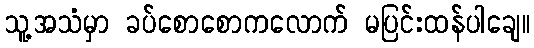
သူ့အသံမှာ ခပ်စောစောကလောက် မပြင်းထန်ပါချေ။